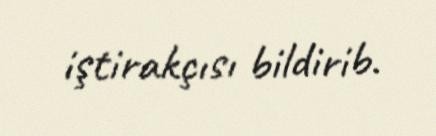
iştirakçısı bildirib.